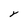
Character: Y